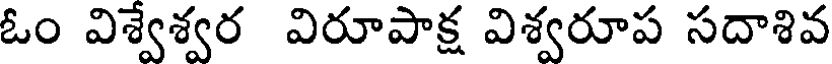
ఓం విశ్వేశ్వర విరూపాక్ష విశ్వరూప సదాశివ